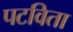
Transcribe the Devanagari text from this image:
पटविता